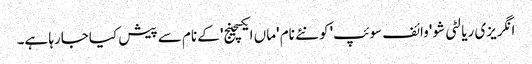
انگریزی ریالٹی شو 'وائف سوئپ' کو نئے نام 'ماں ایکسچینج' کے نام سے پیش کیاجارہا ہے۔